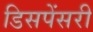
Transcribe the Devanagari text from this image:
डिसपेंसरी